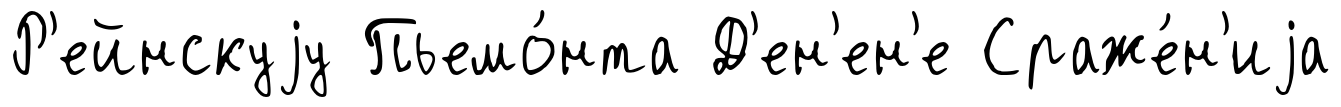
Р'ейнскуjу Пьемо́нта Д'ен'ен'е Сраже́н'иjа